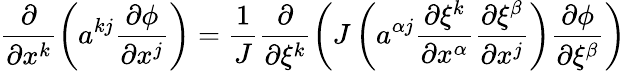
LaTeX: \frac{\partial}{\partial x^{k}}\left(a^{kj}\frac{\partial\phi}{\partial x^{j}}\right)=\frac{1}{J}\frac{\partial}{\partial\xi^{k}}\left(J\left(a^{\alpha j}\frac{\partial\xi^{k}}{\partial x^{\alpha}}\frac{\partial\xi^{\beta}}{\partial x^{j}}\right)\frac{\partial\phi}{\partial\xi^{\beta}}\right)